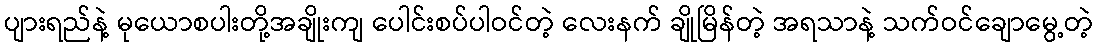
ပျားရည်နဲ့ မုယောစပါးတို့အချိုးကျ ပေါင်းစပ်ပါဝင်တဲ့ လေးနက် ချိုမြိန်တဲ့ အရသာနဲ့ သက်ဝင်ချောမွေ့တဲ့